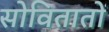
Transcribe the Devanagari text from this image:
सोवितातों